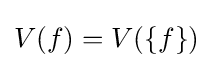
V(f)=V(\{f\})